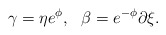
\begin{align*}\gamma=\eta e^{\phi},~~\beta=e^{-\phi}\partial \xi .\end{align*}